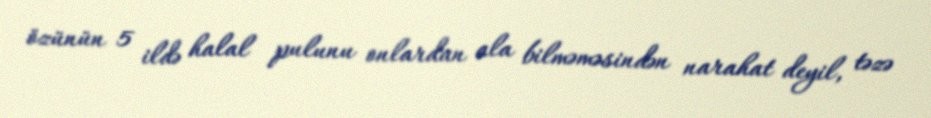
özünün 5 ildə halal pulunu onlardan ala bilməməsindən narahat deyil, təzə